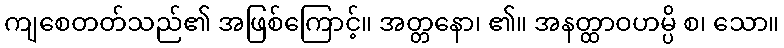
ကျစေတတ်သည်၏ အဖြစ်ကြောင့်။ အတ္တနော၊ ၏။ အနတ္ထာဝဟမ္ပိ စ၊ သော။